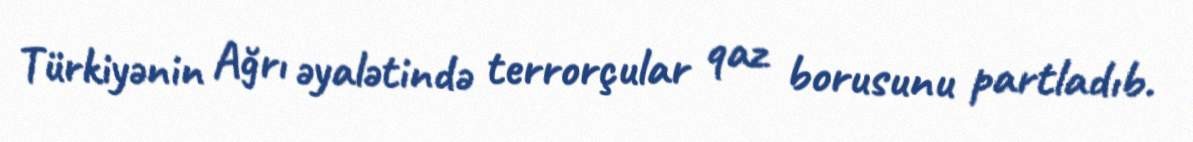
Türkiyənin Ağrı əyalətində terrorçular qaz borusunu partladıb.